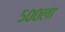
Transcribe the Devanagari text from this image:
५००ला